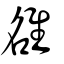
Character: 𨿅